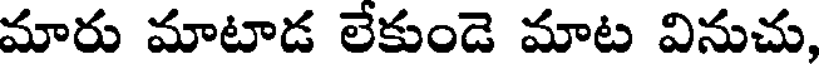
మారు మాటాడ లేకుండె మాట వినుచు,